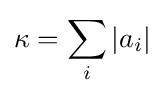
\kappa =\sum _{i}|a_{i}|